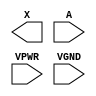
module sky130_fd_sc_hs__dlymetal6s4s (
    X   ,
    A   ,
    VPWR,
    VGND
);

    output X   ;
    input  A   ;
    input  VPWR;
    input  VGND;
endmodule